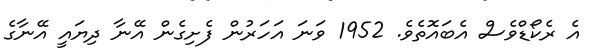
އެ ރެކޯޑްވެސް އެބައޮތެވެ. 1952 ވަނަ އަހަރުން ފެށިގެން އޭނާ ދިޔައީ އޭނާގެ